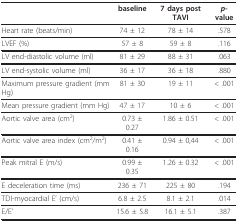
<table><thead><tr><td></td><td><b>baseline</b></td><td><b>7 days post TAVI</b></td><td><b><i>p-</i>value</b></td></tr></thead><tbody><tr><td>Heart rate (beats/min)</td><td>74 ± 12</td><td>78 ± 14</td><td>.578</td></tr><tr><td>LVEF (%)</td><td>57 ± 8</td><td>59 ± 8</td><td>.116</td></tr><tr><td>LV end-diastolic volume (ml)</td><td>81 ± 29</td><td>88 ± 31</td><td>.063</td></tr><tr><td>LV end-systolic volume (ml)</td><td>36 ± 17</td><td>36 ± 18</td><td>.880</td></tr><tr><td>Maximum pressure gradient (mm Hg)</td><td>81 ± 30</td><td>19 ± 11</td><td>&lt; .001</td></tr><tr><td>Mean pressure gradient (mm Hg)</td><td>47 ± 17</td><td>10 ± 6</td><td>&lt; .001</td></tr><tr><td>Aortic valve area (cm<sup>2</sup>)</td><td>0.73 ± 0.27</td><td>1.86 ± 0.51</td><td>&lt; .001</td></tr><tr><td>Aortic valve area index (cm<sup>2</sup>/m<sup>2</sup>)</td><td>0.41 ± 0.16</td><td>0.94 ± 0,44</td><td>&lt; .001</td></tr><tr><td>Peak mitral E (m/s)</td><td>0.99 ± 0.35</td><td>1.26 ± 0.32</td><td>&lt; .001</td></tr><tr><td>E deceleration time (ms)</td><td>236 ± 71</td><td>225 ± 80</td><td>.194</td></tr><tr><td>TDI-myocardial E&#x27; (cm/s)</td><td>6.8 ± 2.5</td><td>8.1 ± 2.1</td><td>.014</td></tr><tr><td>E/E&#x27;</td><td>15.6 ± 5.8</td><td>16.1 ± 5.1</td><td>.387</td></tr></tbody></table>